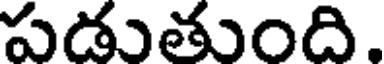
పడుతుంది.